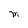
Character: M